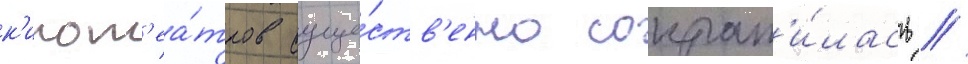
к'инот'еа́тров суще́ств'енно сократ'и́лась /